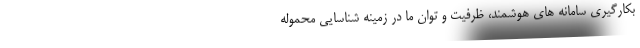
بکارگیری سامانه های هوشمند، ظرفیت و توان ما در زمینه شناسایی محموله